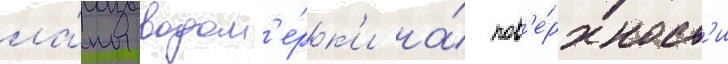
ла́пы водом'е́рк'и на́ пов'е́рхност'и